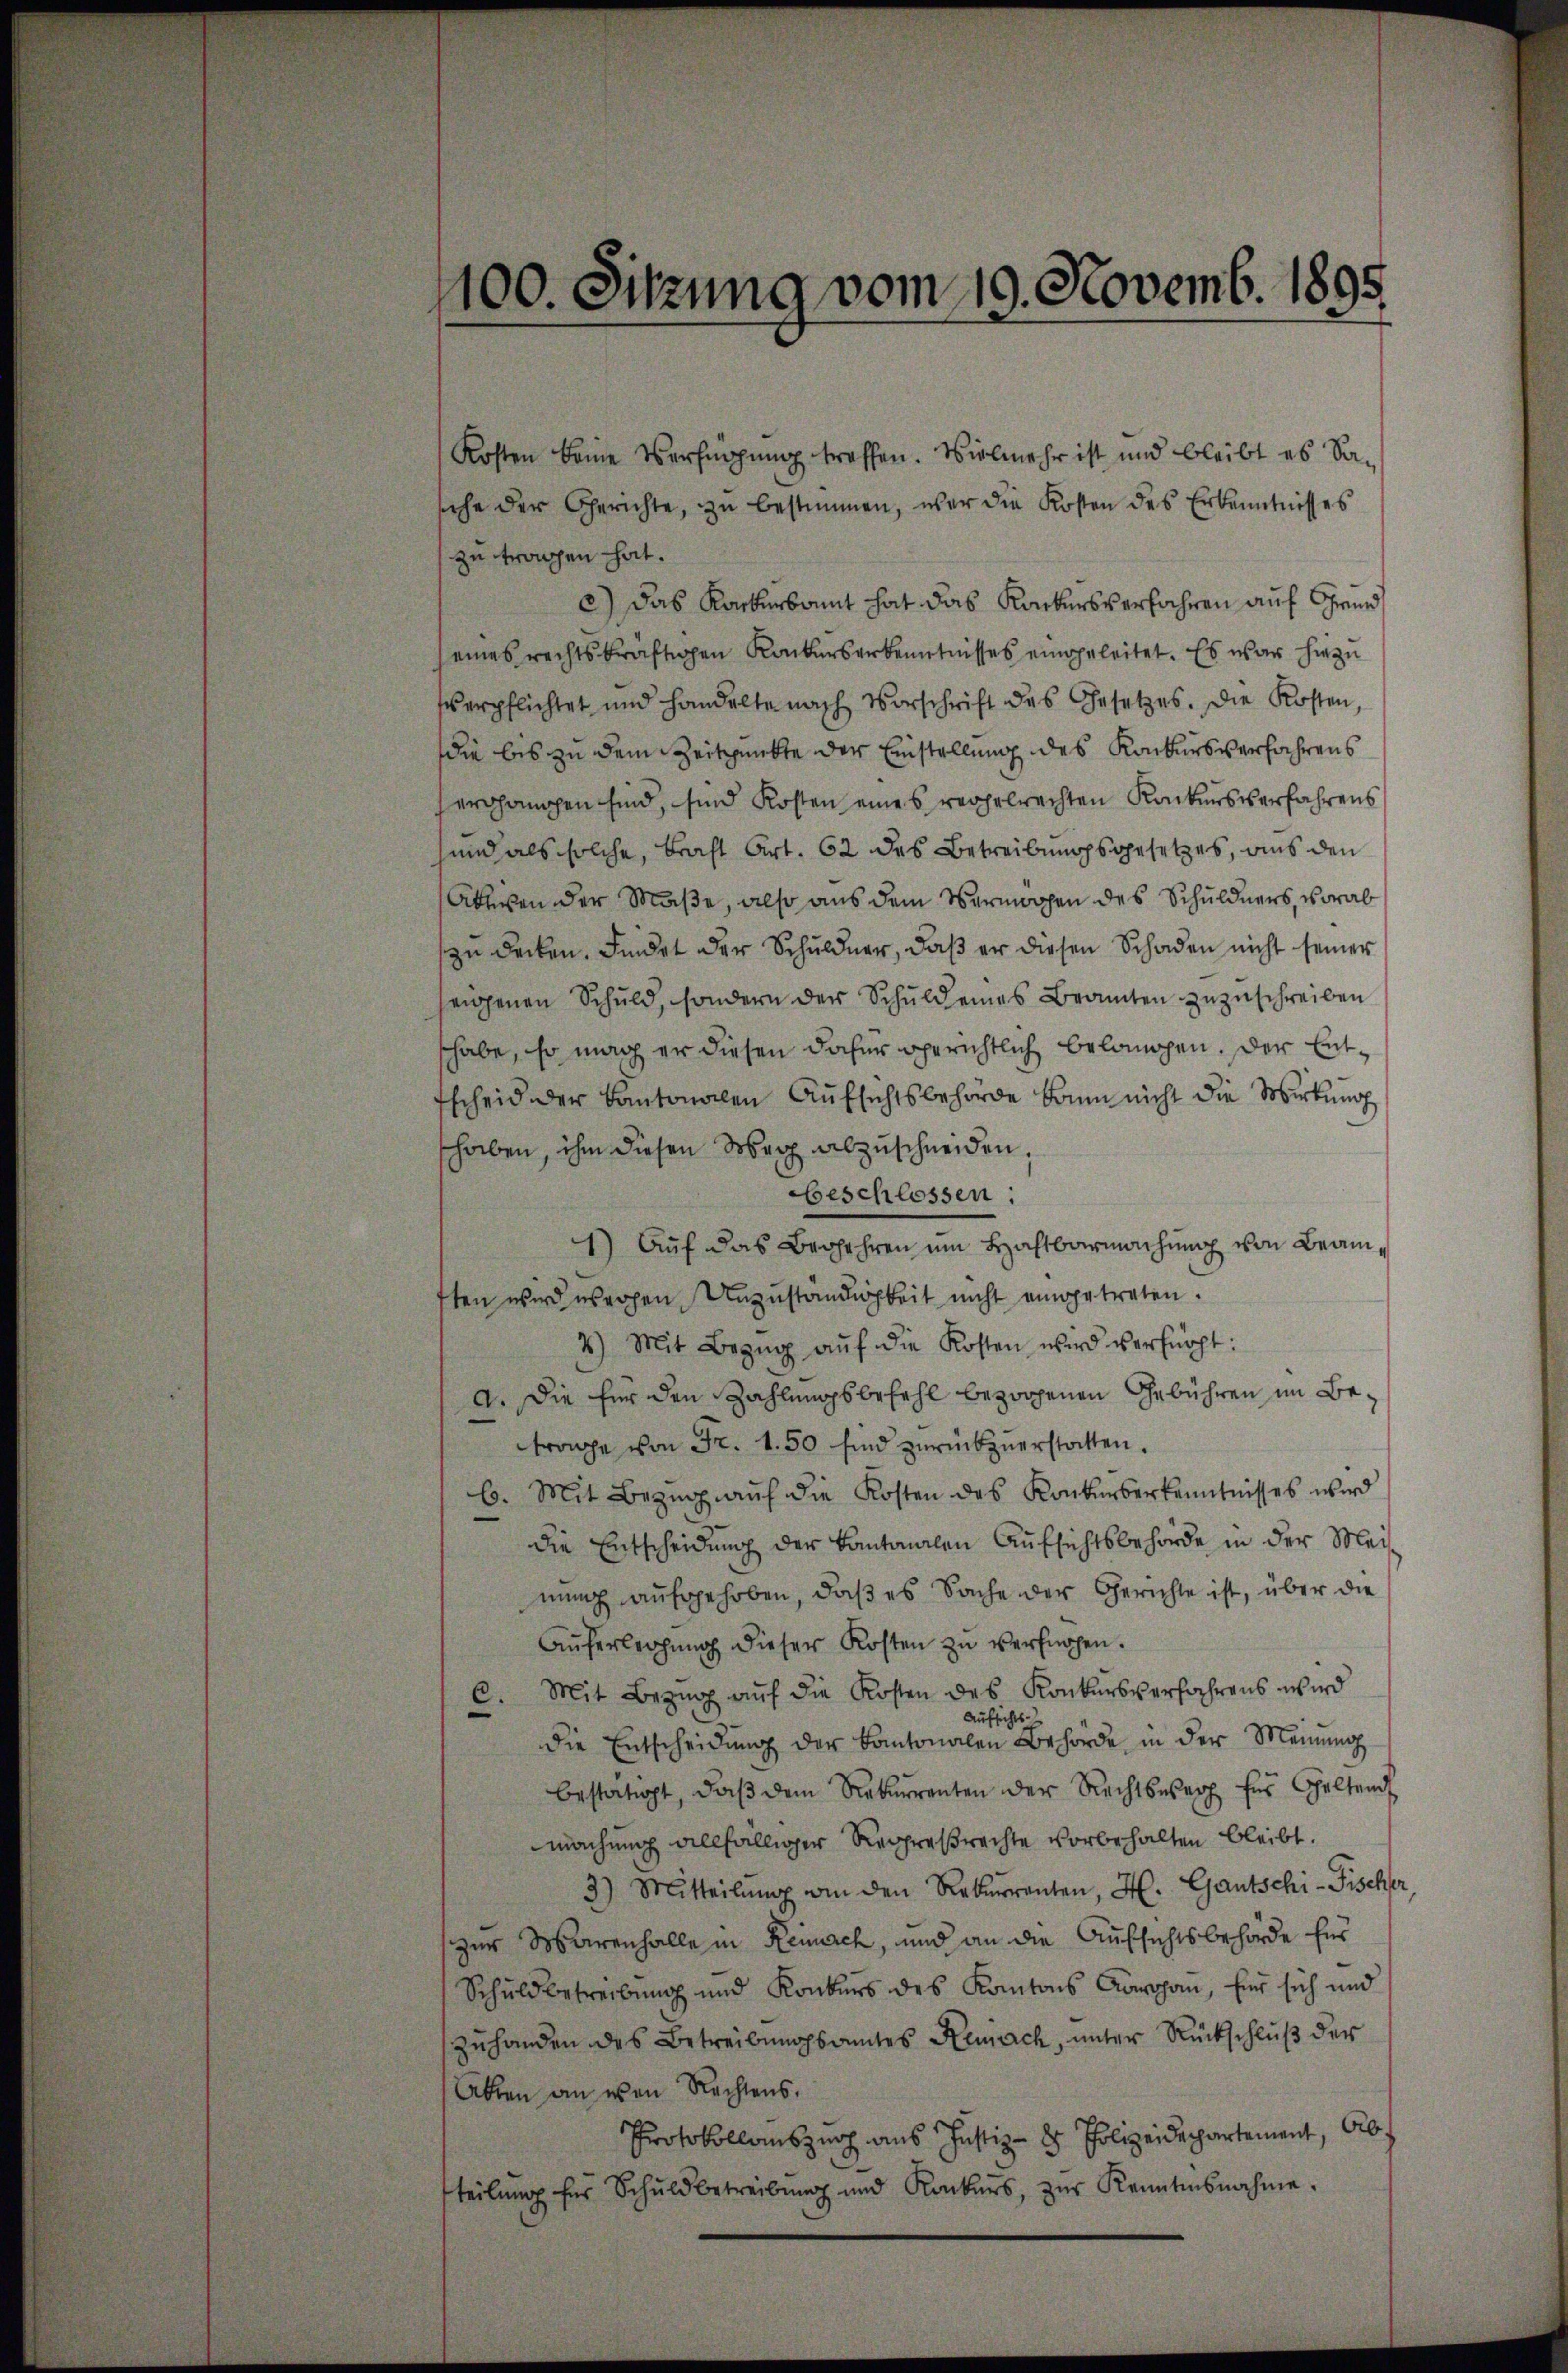
Kosten keine Verfügung treffen. Vielmehr ist und bleibt es Sasehe der Gerichte, zŭ bestimmen, war die Kosten des Erkenntnisses
zu tragen hat.
c) Das Karterkannt hat das Karkersverfahren auf Grund
seines rechtskräftigen Konkurserkenntnisses eingeleitet. Es war hiezu
verpflichtet und handelte nach Vorschrift des Gesetzes. Die Kosten,
die bis zu dem Zeitpunkte der Einstellung des Konkursverfahrens
ergangen sind, sind Kosten eines reppelrechten Konkursverfahrens
sund als solche, bracht Art. 62 des Betreibungsgesetzes, aus den
Akten der Maße, also aus dem Vermögen des Schuldners, vorab
zu decken. Findet der Schuldner, daß er diesen Schaden nicht seiner
seigenen Schuld, sondern der Schuldenes Beamten zuzuschreiben
shabe, so mag er diesen daher gerichtlich belangen. Der Ent¬
Escheid der Kantonalen Aufsichtsbehörde kaum nicht die Wirkung
shaben, ihm diesen Weg abzuschneiden,
beschlossen:
1) Auf das Begehren um Haftbarmachung von Beamften wird wegen Unzuständigkeit nicht eingetreten.
4) Mit Bezŭg aŭf die Kosten wird verfügt:
a. Die für den Zahlungsbefehl bezogenen Gebühren im Betrage von Fr. 1.50 sind zurückzuerstatten.
b. Mit Bezŭg aŭf die Kosten des Konkurserkenntnisses wird
die Entscheidung der Kantonalen Aufsichtsbehörde in der Meinung aufgehoben, daß es Sache der Gerichte ist, über die
Auferleihung dieser Kosten zu verfügen.
c. Mit Bezug auf die Kosten des Konkursverfahrens wird
Aufsichts-
die Entscheidung der Kantonalen Behörde in der Meinung
bestätigt, daβ dem Rekurrenten der Rechtswert für Geltend
machung allfälliger Regresrechte vorbehalten bleibt.
3) Mitteilŭng an den Rekurrenten, H. Gautschi- Fischer
zur Warenhalle in Rennach, und an die Aufsichtsbehörde fus
Schuldbetreibŭng und Konkurs des Kantons Aargaŭ, für sich und
zuhanden des Betreibungsamtes Renach, unter Rückschluß der
Ahren an von Rechtens.
Protokollauszug aus Justiz- & Polizeidepartement, Abteilŭng für Schuldbetreibŭng und Konkurs, zŭr Kenntnisnahme.

1100. Sitzung vom 19. Novemb. 1895.